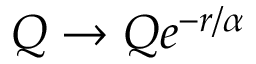
Q \rightarrow Q e ^ { - r / \alpha }